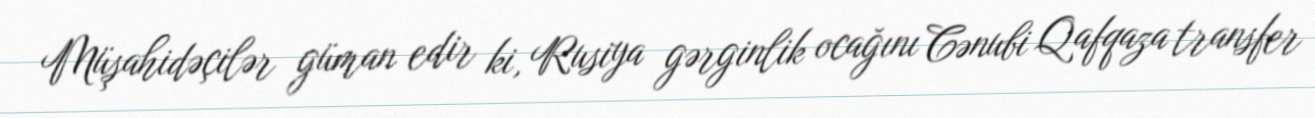
Müşahidəçilər güman edir ki, Rusiya gərginlik ocağını Cənubi Qafqaza transfer